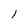
Character: l